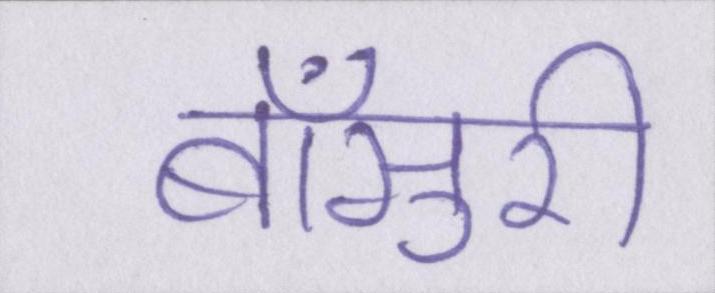
बाँसुरी